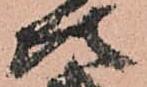
次